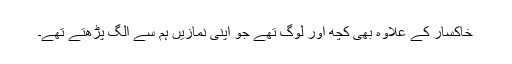
خاکسار کے علاوہ بھی کچھ اور لوگ تھے جو اپنی نمازیں ہم سے الگ پڑھتے تھے۔